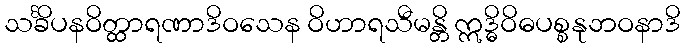
သင်္ခိပနဝိတ္ထာရဏာဒိဝသေန ဝိဟာရသီမန္တိ ဣဒ္ဓိဝိဓပစ္စနုဘဝနာဒိ